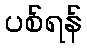
ပစ်ရန်